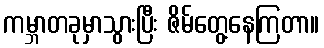
ကမ္ဘာတခုမှာသွားပြီး ဇိမ်တွေ့နေကြတာ။